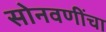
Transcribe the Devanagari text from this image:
सोनवणींचा